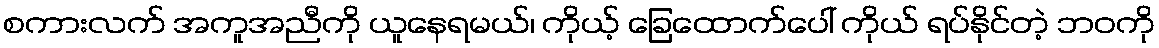
စကားလက် အကူအညီကို ယူနေရမယ်၊ ကိုယ့် ခြေထောက်ပေါ် ကိုယ် ရပ်နိုင်တဲ့ ဘဝကို